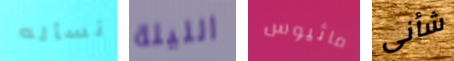
نسأله الليلة ماثيوس شأنى